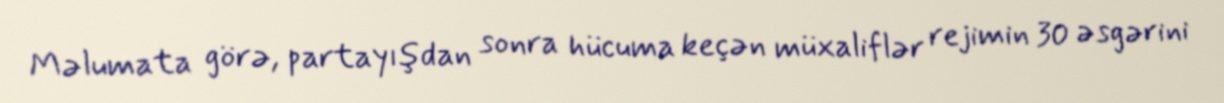
Məlumata görə, partayışdan sonra hücuma keçən müxaliflər rejimin 30 əsgərini